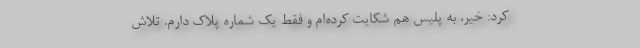
کرد: خیر، به پلیس هم شکایت کرده‌ام و فقط یک شماره پلاک دارم. تلاش